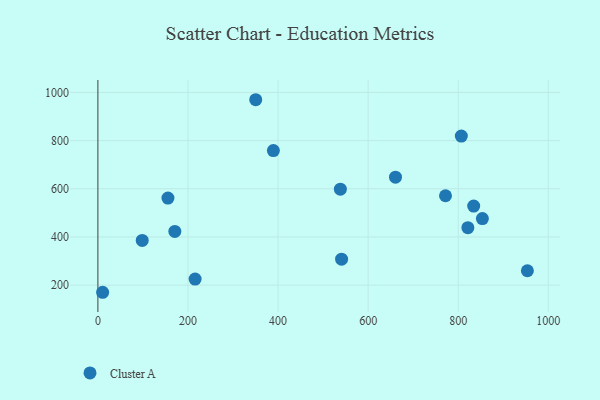
{"axis": {"x": "Distance", "y": "Exam Score"}, "legend": ["Cluster A"], "data": [{"x": "853.6", "y": 476.3, "type": "Cluster A"}, {"x": "821.4", "y": 438.4, "type": "Cluster A"}, {"x": "660.7", "y": 648.4, "type": "Cluster A"}, {"x": "170.8", "y": 422.9, "type": "Cluster A"}, {"x": "389.6", "y": 758.6, "type": "Cluster A"}, {"x": "155.5", "y": 561.3, "type": "Cluster A"}, {"x": "806.9", "y": 818.6, "type": "Cluster A"}, {"x": "541.0", "y": 307.6, "type": "Cluster A"}, {"x": "771.7", "y": 571.0, "type": "Cluster A"}, {"x": "834.3", "y": 528.2, "type": "Cluster A"}, {"x": "538.3", "y": 598.3, "type": "Cluster A"}, {"x": "215.8", "y": 225.1, "type": "Cluster A"}, {"x": "953.5", "y": 259.8, "type": "Cluster A"}, {"x": "98.4", "y": 385.8, "type": "Cluster A"}, {"x": "10.5", "y": 170.4, "type": "Cluster A"}, {"x": "350.4", "y": 969.7, "type": "Cluster A"}]}